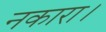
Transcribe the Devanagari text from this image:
नकारा।